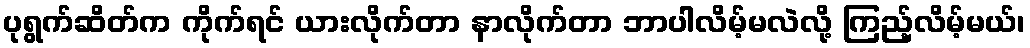
ပုရွက်ဆိတ်က ကိုက်ရင် ယားလိုက်တာ နာလိုက်တာ ဘာပါလိမ့်မလဲလို့ ကြည့်လိမ့်မယ်၊